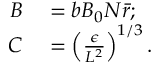
\begin{array} { r l } { B } & { { } = b B _ { 0 } N \bar { r } ; } \\ { C } & { { } = \left( \frac { \epsilon } { L ^ { 2 } } \right) ^ { 1 / 3 } . } \end{array}